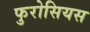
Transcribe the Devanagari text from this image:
फुरोसियस